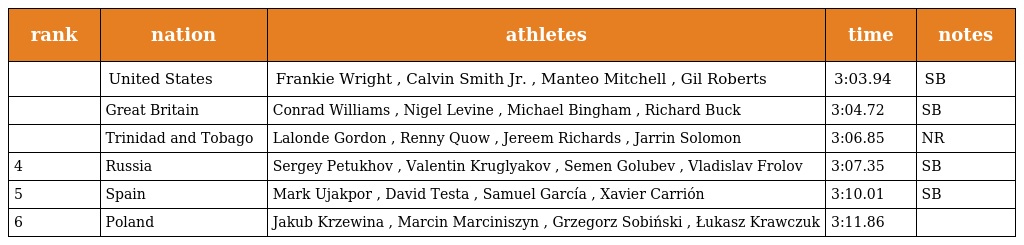
| rank | nation | athletes | time | notes |
 | --- | --- | --- | --- | --- |
 |  | United States | Frankie Wright , Calvin Smith Jr. , Manteo Mitchell , Gil Roberts | 3:03.94 | SB |
 |  | Great Britain | Conrad Williams , Nigel Levine , Michael Bingham , Richard Buck | 3:04.72 | SB |
 |  | Trinidad and Tobago | Lalonde Gordon , Renny Quow , Jereem Richards , Jarrin Solomon | 3:06.85 | NR |
 | 4 | Russia | Sergey Petukhov , Valentin Kruglyakov , Semen Golubev , Vladislav Frolov | 3:07.35 | SB |
 | 5 | Spain | Mark Ujakpor , David Testa , Samuel García , Xavier Carrión | 3:10.01 | SB |
 | 6 | Poland | Jakub Krzewina , Marcin Marciniszyn , Grzegorz Sobiński , Łukasz Krawczuk | 3:11.86 |  |